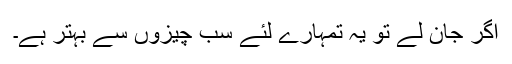
اگر جان لے تو یہ تمہارے لئے سب چیزوں سے بہتر ہے۔